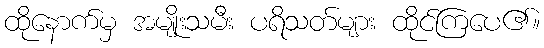
ထိုနောက်မှ အမျိုးသမီး ပရိသတ်များ ထိုင်ကြပေ၏။